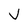
Character: V